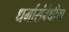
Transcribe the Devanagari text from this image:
धर्मासंबंधीचा